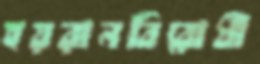
হয়রানবিরোধী